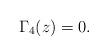
LaTeX: \begin{align*}\Gamma_{4}(z)=0. \end{align*}